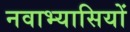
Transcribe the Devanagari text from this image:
नवाभ्यासियों